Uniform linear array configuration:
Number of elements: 16
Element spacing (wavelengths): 0.75
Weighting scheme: exponential
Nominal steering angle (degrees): -60
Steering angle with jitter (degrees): -58.46
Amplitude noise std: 0.05
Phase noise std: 0.05

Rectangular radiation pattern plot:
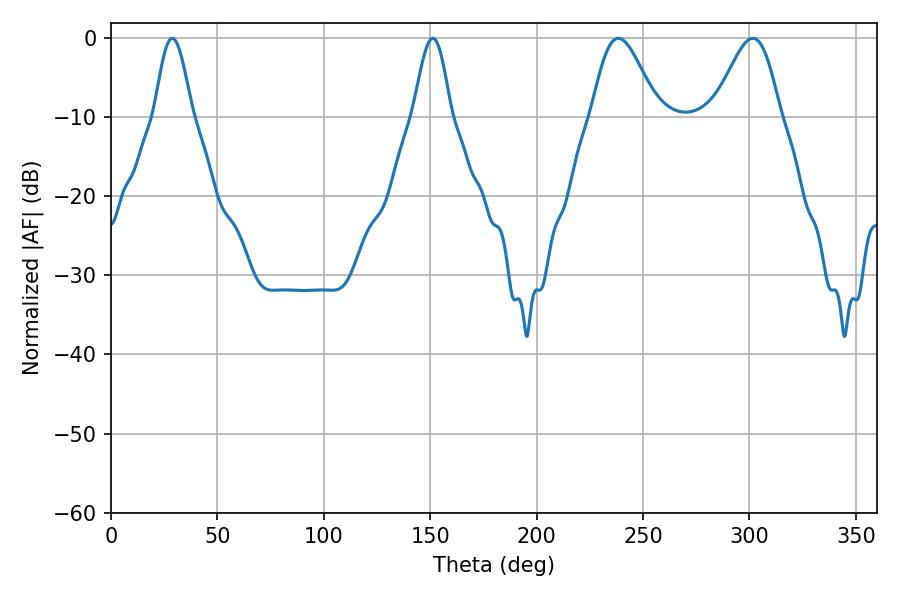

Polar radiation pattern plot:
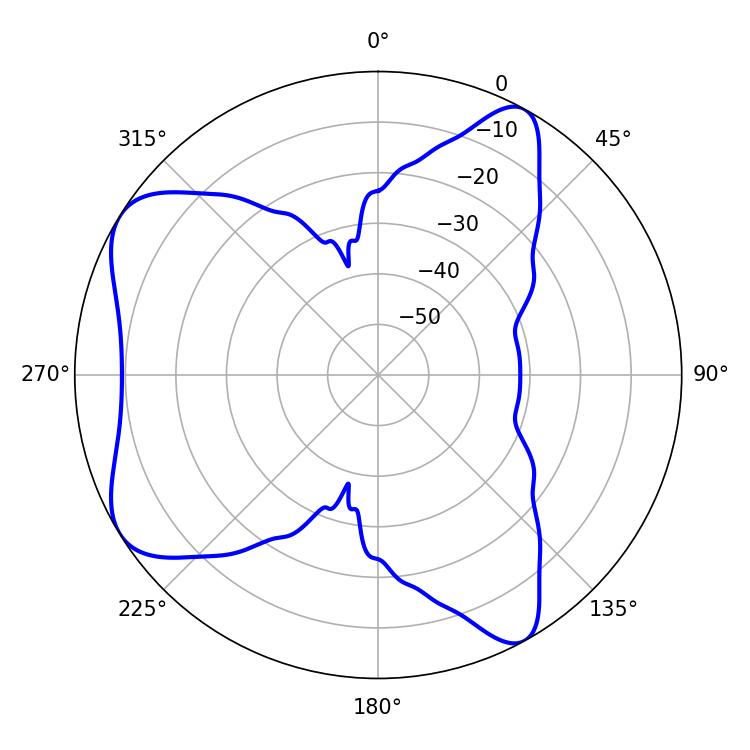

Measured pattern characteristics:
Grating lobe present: TRUE
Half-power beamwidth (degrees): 9.54
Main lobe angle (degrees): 28.8